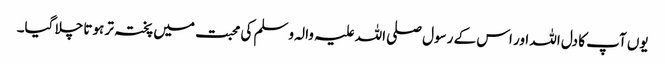
یوں آپ کا دل اللہ اور اس کے رسول صلی اللہ علیہ والہ وسلم کی محبت میں پختہ تر ہوتا چلا گیا۔